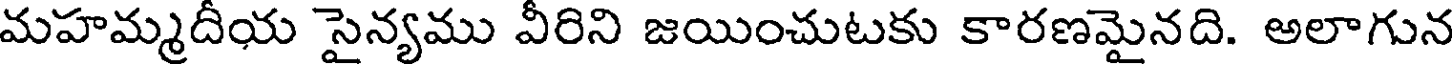
మహమ్మదీయ సైన్యము వీరిని జయించుటకు కారణమైనది. అలాగున